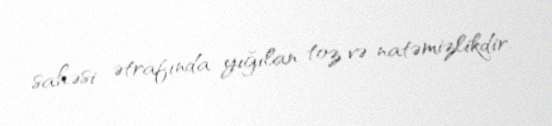
sahəsi ətrafında yığılan toz və natəmizlikdir.